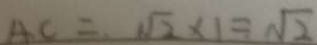
A C = \sqrt { 2 } \times 1 = \sqrt { 2 }